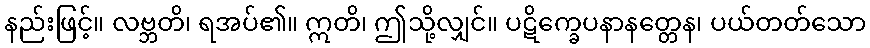
နည်းဖြင့်။ လဗ္ဘတိ၊ ရအပ်၏။ ဣတိ၊ ဤသို့လျှင်။ ပဋိက္ခေပနာနတ္တေန၊ ပယ်တတ်သော